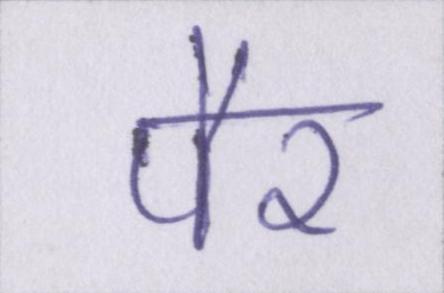
पैर